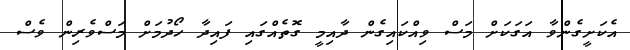
އެކަށީގެންވާ އަގަކަށް މަސް ވިއްކައިގެން ދާއިމީ ގޮތެއްގައި ފައިދާ ހޯދުމަށް މަސްވެރިން ވެސް